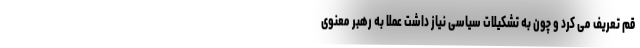
قم تعریف می کرد و چون به تشکیلات سیاسی نیاز داشت عملا به رهبر معنوی